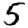
Digit: 5